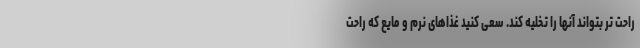
راحت تر بتواند آنها را تخلیه کند. سعی کنید غذاهای نرم و مایع که راحت